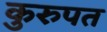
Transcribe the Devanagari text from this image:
कुरुपत